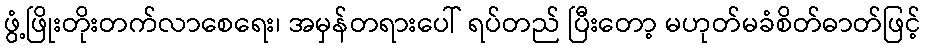
ဖွံ့ဖြိုးတိုးတက်လာစေရေး၊ အမှန်တရားပေါ် ရပ်တည် ပြီးတော့ မဟုတ်မခံစိတ်ဓာတ်ဖြင့်